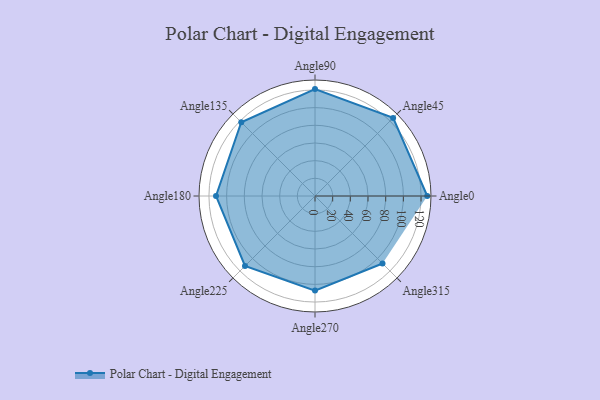
{"axis": {"x": "Angle", "y": "Radius"}, "legend": [""], "data": [{"x": "Angle0", "y": 127.0, "type": ""}, {"x": "Angle45", "y": 125.0, "type": ""}, {"x": "Angle90", "y": 121.0, "type": ""}, {"x": "Angle135", "y": 118.0, "type": ""}, {"x": "Angle180", "y": 112.0, "type": ""}, {"x": "Angle225", "y": 112.0, "type": ""}, {"x": "Angle270", "y": 107.0, "type": ""}, {"x": "Angle315", "y": 108.0, "type": ""}]}